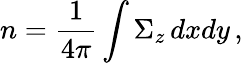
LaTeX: n=\frac{1}{4\pi}\int\Sigma_{z}\, dxdy\, ,